Vaccination in Bombay 1913-1923 - 1913-1923
Year: 1913
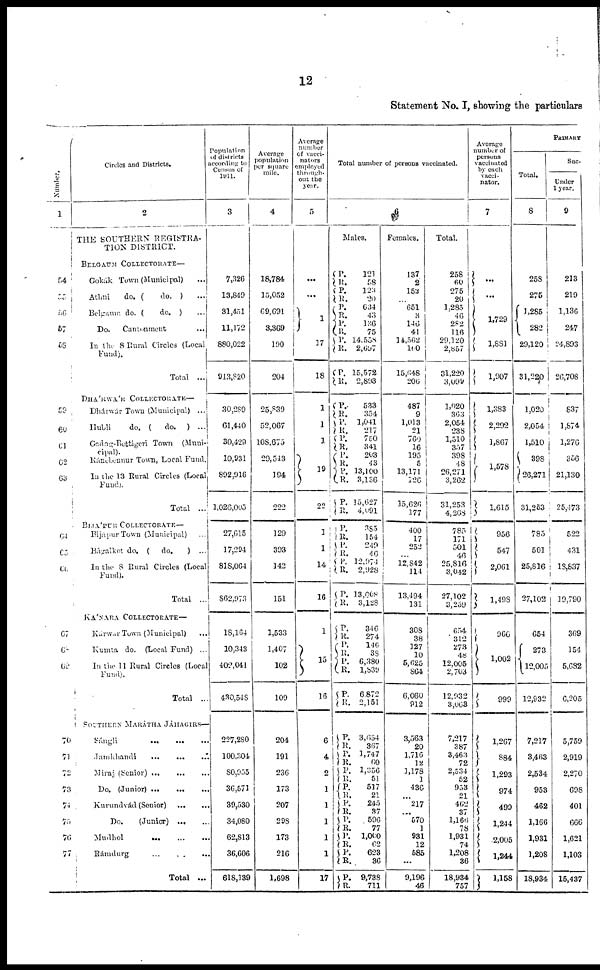
12
Statement No. I, showing the particulars
Number.
1
54
55
56
57
58
59
60
61
62
63
64
65
66.
67
68
69
70
71
72
73
74
75
76
77
Circles and Districts.
2
THE SOUTHERN REGISTRA-
TION DISTRICT.
BELGAUM COLLECTORATE—
Gokák Town (Municipal) ...
Athmi
do. (
do. ) ...
Belgaum do. (
do. ) ...
Do.
Cantonment ...
In the 8 Rural Circles (Local
Fund).
Total ...
DHÁRWÁR COLLECTORATE—
Dhárwár Town (Municipal) ...
Hubli
do. (
do.
) ...
Gadag-Bettigeri Town (Muni-
-------
Kánebennur Town, Local Fund.
In the 13 Rural Circles (Local,
Fund).
Total ...
BIJÁPUR COLLECTORATE—
Bijápur Town (Municipal) ...
Bágalkot do. (
do.
) ...
In the 8 Rural Circles (Local
Fund).
Total ...
KÁNARA COLLECTORATE—
Kárwar Town (Municipal) ...
Kumta do. (Local Fund) ...
In the 11 Rural Circles (Local
Fund).
Total ...
SOUTHERN MARÁTHA JÁHAGIRS—
Sángli
...
...
...
Jamkhandi
...
...
Miraj (Senior)
...
...
...
Do. (Junior)
...
...
...
Kurundvád (Senior)
...
...
Do.
(Junior)
...
...
Mudhol ... ... ...
Rámdurg
...
...
...
Total ...
Population
of districts
according to
Census of
1911.
3
7,326
13,849
31,451
11,172
880,022
913,820
30,289
61,440
30,429
10,931
892,916
1,026,005
27,615
17,294
818,064
862,973
18,164
10,343
402,041
430,548
227,280
100,304
80,955
36,571
39,530
34,080
62,813
36,606
618,139
Average
population
per square
mile.
4
18,784
15,052
69,691
3,369
190
204
25,839
52,067
108,675
29,543
194
222
129
393
142
151
1,533
1,407
102
100
204
191
236
173
207
298
173
216
1,698
Average
number
Of Vacci¬
nators
employed
through-
out the
year.
5
...
...
1
17
18
1
1
1
19
22
1
1
14
16
1
15
16
6
4
2
1
1
1
1
1
17
Total number of persons vaccinated.
6
Males.
P.
R.
P.
R.
P.
R.
P.
R.
P.
R.
P.
R.
121
58
123
20
634
43
136
75
14,558
2,697
15,572
2,893
P.
R.
P.
R.
P.
R.
P.
R.
P.
R.
P.
R.
P.
R.
P.
R.
P.
R.
P.
R.
533
354
1,041
217
750
341
203
43
13,100
3,136
15,627
4,091
385
154
249
4Z
12,974
2,928
13,608
3,128
P.
R.
P.
R.
P.
R.
P.
R.
346
274
146
38
6,380
1,839
6,872
2,151
P.
R.
P.
R. P.
R.
P.
R. P.
R.
P.
R.
P.
R.
P.
R.
P.
R.
3,654
367
1,747
60
1,356
51
517
21
245
37
596
77
1,000
62
623
36
9,738
711
Females.
137
2
152
...
651
3
146
41
14,562
160
15,648
206
487
9
1,013
21
760
16
195
5
13,171
126
15,626
177
400
17
252
...
12,842
114
13,494
131
308
38
127
10
5,625
864
6,060
912
3,563
20
1,716
12
1,178
1
436
...
217
...
570
1
931
12
585
...
9,196
46
Total.
258
60
275
20
1,285
46
282
116
29,120
2,857
31,220
3,099
1,020
363
2,054
238
1,510
357
398
48
26,271
3,262
31,253
4,268
785
171
501
46
25,816
3,042
27,102
3,259
654
312
273
48
12,005
2,703
12,932
3,063
7,217
387
3,463
72
2,534
52
953
21
462
37
1,166
78
1,931
74
1,208
36
18,934
757
Average
number of
persons
vaccinated
by each
vacci¬
nator.
7
...
...
1,729
1,881
1,907
1,383
2,292
1,867
1,578
1,615
956
547
2,061
1,498
966
1,002
999
1,267
884
1,293
974
499
1,244
2,005
1,244
1,158
PRIMARY
Total.
8
258
275
1,285
282
29,120
31,220
1,020
2,054
1,510
398
26,271
31,253
785
501
25,816
27,102
654
273
12,005
12,932
7,217
3,463
2,534
953
462
1,166
1,931
1,208
18,934
Suc¬
Under
1 year.
9
213
219
1,136
247
24,893
26,708
837
1,874
1,276
356
21,130
25,473
522
431
18,837
19,790
369
154
5,682
6,205
5,759
2,919
2,270
698
401
666
1,621
1,103
15,437